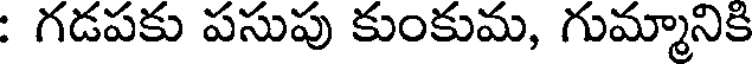
: గడపకు పసుపు కుంకుమ, గుమ్మానికి